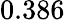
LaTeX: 0.386